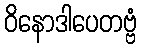
ဝိနောဒါပေတဗ္ဗံ